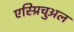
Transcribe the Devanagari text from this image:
एस्प्रिचुअल